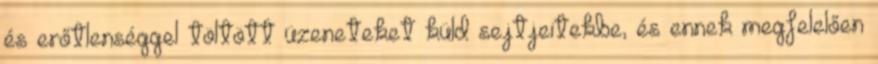
és erőtlenséggel töltött üzeneteket küld sejtjeitekbe, és ennek megfelelően